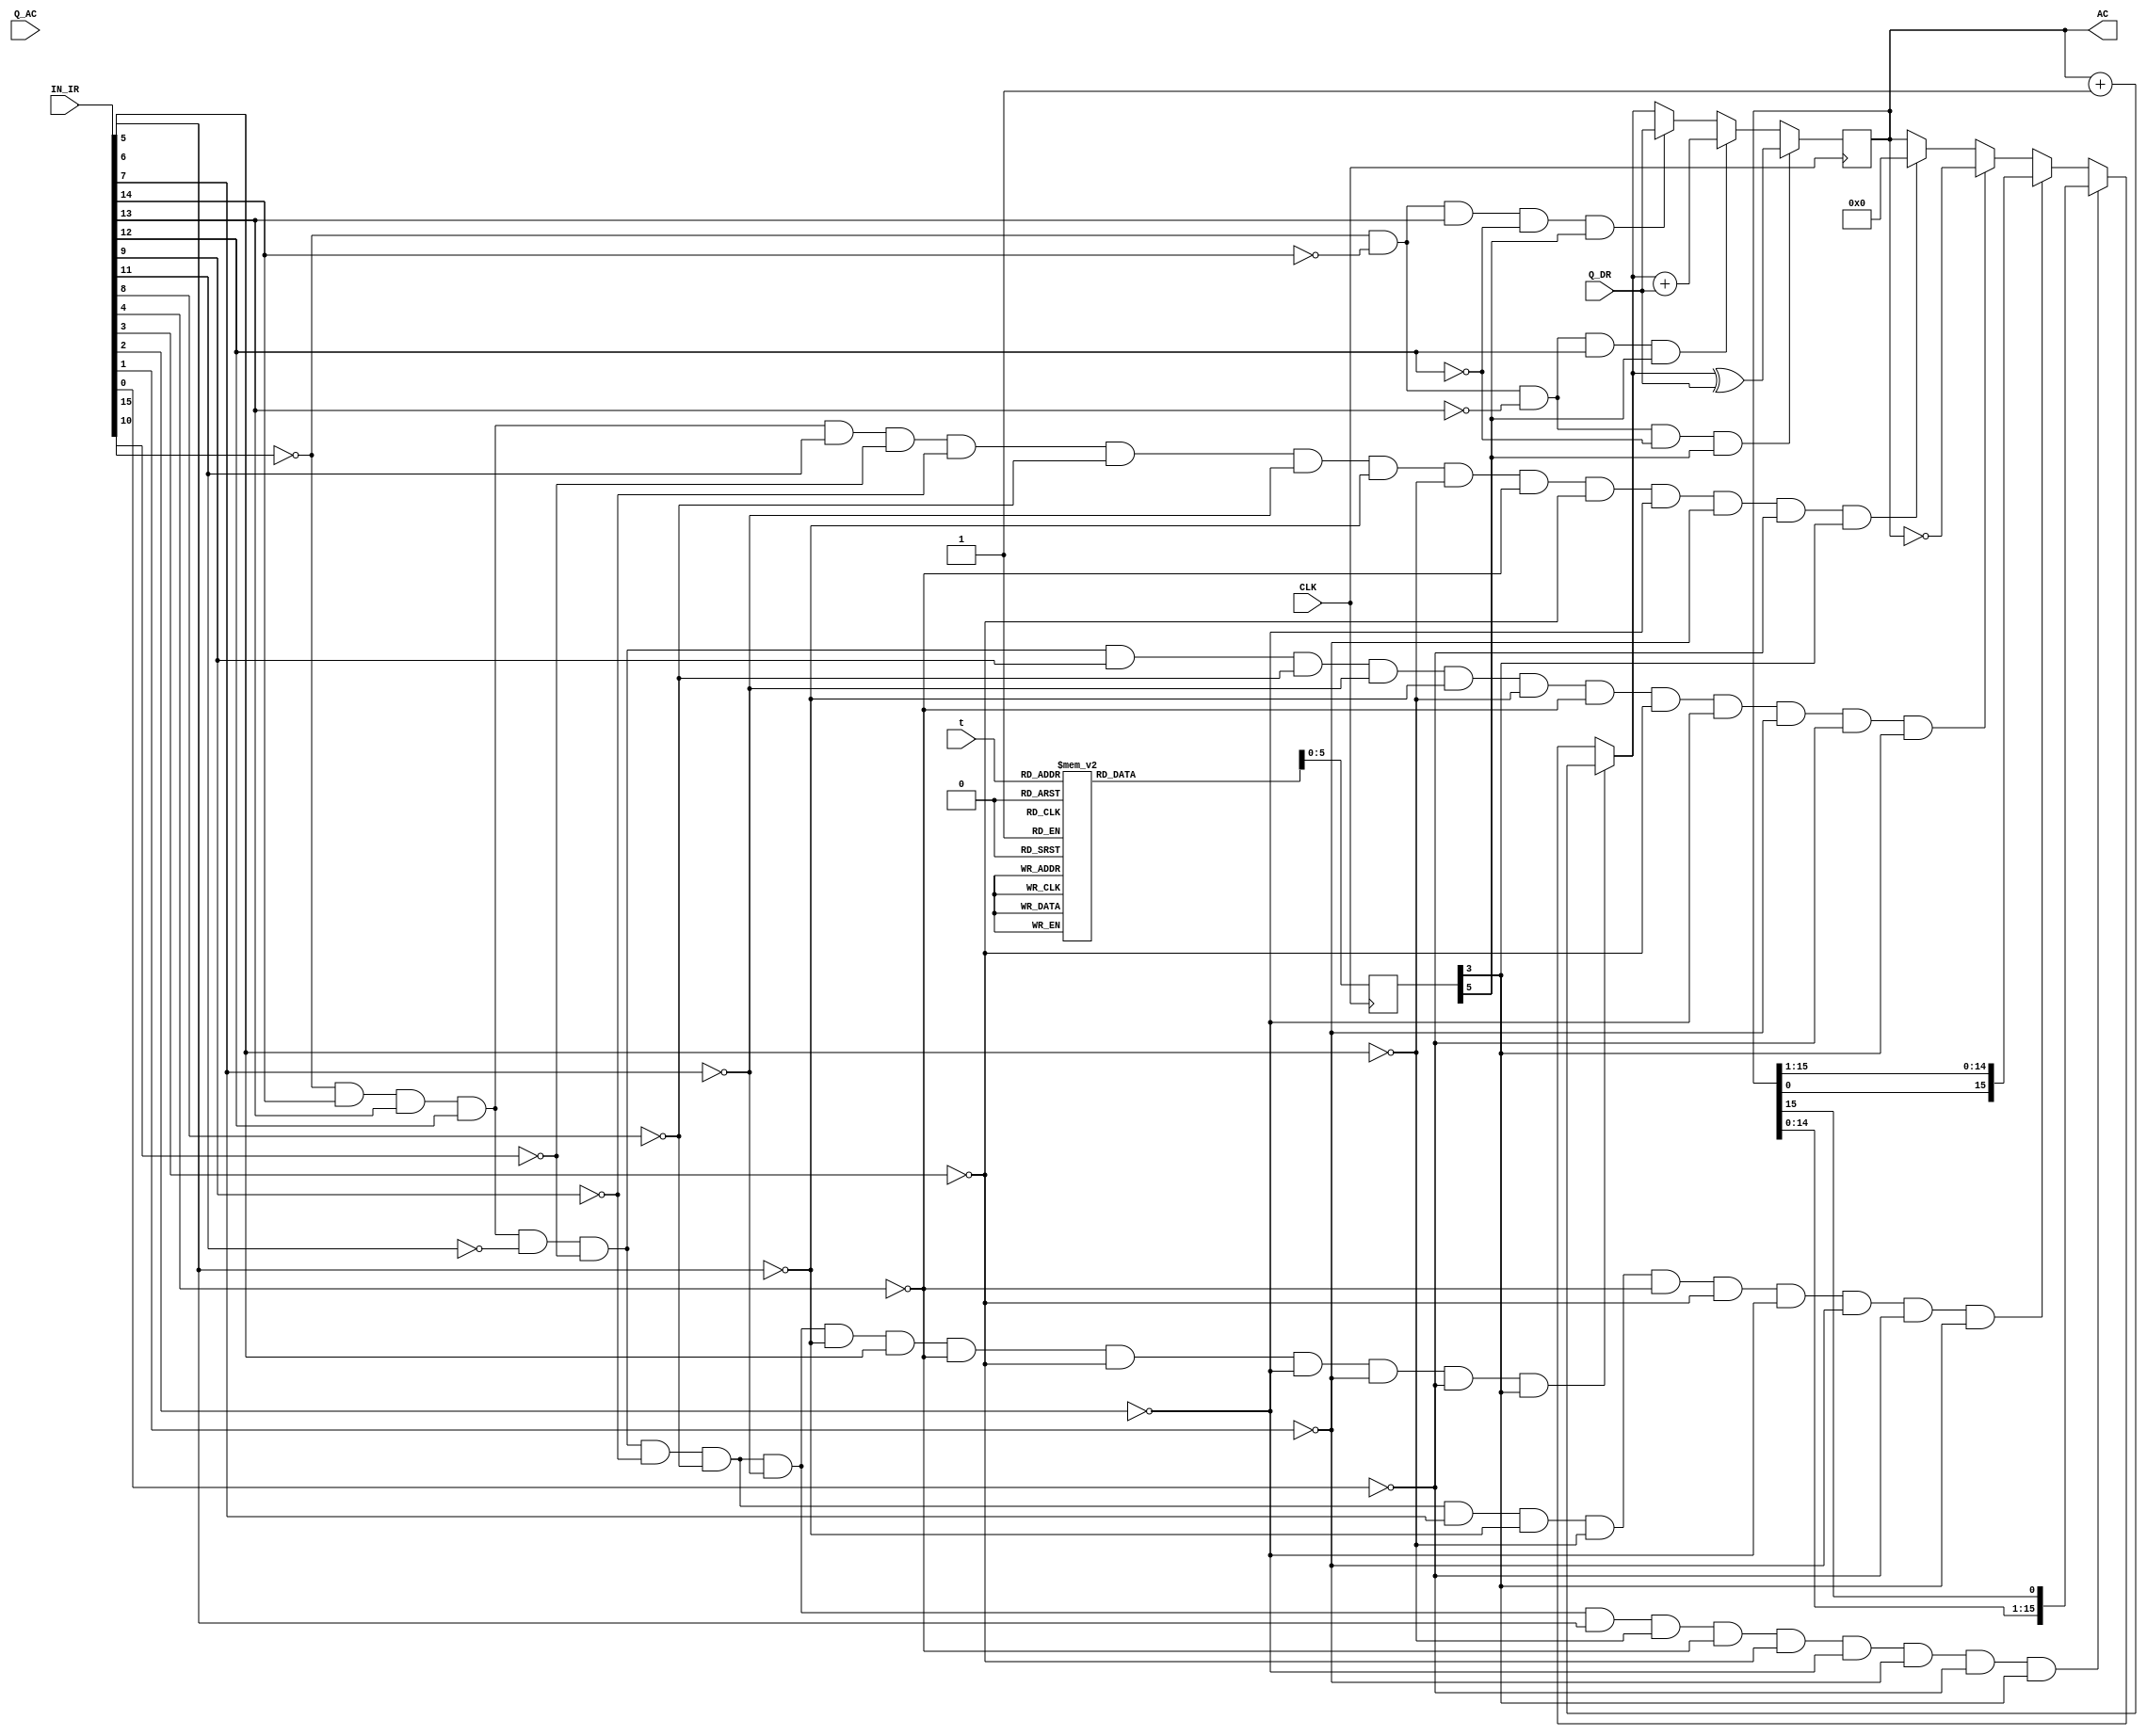
module ALU(

//--------(ALU 8-bit Inputs)--------- 
    input wire[15:0] Q_AC,Q_DR, 
//-------(input IR To know opration form B)-------
    input wire[15:0]IN_IR,
//-------(input from seq_counter_3_bit)-------
    input[2:0]t,
    input CLK,
//--------(ALU 8-bit Result)--------- 
    output reg[15:0] AC
    
    );
    
reg [3:0]IN_IR_test;
reg [11:0]B;
reg [7:0]T;

initial 
   AC = 0;
   
      always @(posedge CLK) begin
             
//-----------(select T)-----------    
        
            case(t)    
                4'b000: T = 8'h01;
                4'b001: T = 8'h02;
                4'b010: T = 8'h04;
                4'b011: T = 8'h08;
                4'b100: T = 8'h10;
                4'b101: T = 8'h20;
                4'b110: T = 8'h40;
                4'b111: T = 8'h80;
            endcase
      end
             
      always@(posedge CLK)begin
        
//-----------(select B)-----------    

            if(~IN_IR[15] && IN_IR[14] && IN_IR[13] && IN_IR[12] && ~IN_IR[11] && ~IN_IR[10] && ~IN_IR[9] && ~IN_IR[8] && ~IN_IR[7] && ~IN_IR[6] && IN_IR[5] && ~IN_IR[4]&& ~IN_IR[3] && ~IN_IR[2] && ~IN_IR[1]&& ~IN_IR[0] && T[3])
                AC = AC + 1;
            else if(~IN_IR[15] && IN_IR[14] && IN_IR[13] && IN_IR[12] && ~IN_IR[11] && ~IN_IR[10] && ~IN_IR[9] && ~IN_IR[8] && ~IN_IR[7] && IN_IR[6] && ~IN_IR[5] && ~IN_IR[4]&& ~IN_IR[3] && ~IN_IR[2] && ~IN_IR[1]&& ~IN_IR[0] && T[3])
                AC = {AC[14:0],AC[15]}; 
            else if(~IN_IR[15] && IN_IR[14] && IN_IR[13] && IN_IR[12] && ~IN_IR[11] && ~IN_IR[10] && ~IN_IR[9] && ~IN_IR[8] && IN_IR[7] && ~IN_IR[6] && ~IN_IR[5] && ~IN_IR[4]&& ~IN_IR[3] && ~IN_IR[2] && ~IN_IR[1]&& ~IN_IR[0] && T[3])
                AC = {AC[0],AC[15:1]}; 
            else if(~IN_IR[15] && IN_IR[14] && IN_IR[13] && IN_IR[12] && ~IN_IR[11] && ~IN_IR[10] && IN_IR[9] && ~IN_IR[8] && ~IN_IR[7] && ~IN_IR[6] && ~IN_IR[5] && ~IN_IR[4]&& ~IN_IR[3] && ~IN_IR[2] && ~IN_IR[1]&& ~IN_IR[0] && T[3])
                AC = ~AC;
            else if(~IN_IR[15] && IN_IR[14] && IN_IR[13] && IN_IR[12] && IN_IR[11] && ~IN_IR[10] && ~IN_IR[9] && ~IN_IR[8] && ~IN_IR[7] && ~IN_IR[6] && ~IN_IR[5] && ~IN_IR[4]&& ~IN_IR[3] && ~IN_IR[2] && ~IN_IR[1]&& ~IN_IR[0] && T[3])
                AC = 0 ;                                         
            if(~IN_IR[15] && ~IN_IR[14] && ~IN_IR[13] && ~IN_IR[12] && T[5])
                AC = AC ^ Q_DR;
            else if(~IN_IR[15] && ~IN_IR[14] && ~IN_IR[13] && IN_IR[12] && T[5])
                AC = AC + Q_DR;
            else if(~IN_IR[15] && ~IN_IR[14] && IN_IR[13] && ~IN_IR[12] && T[5])
                AC = Q_DR;

      end   
             
endmodule